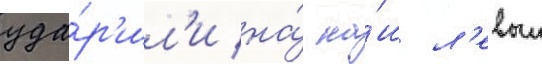
уда́р'ил'и на́ на́ш л'евыи